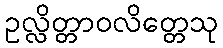
ဥလ္လိတ္တာဝလိတ္တေသု